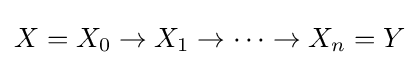
X=X_{0}\to X_{1}\to \cdots \to X_{n}=Y